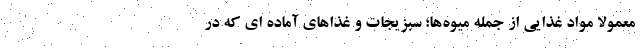
معمولا مواد غذایی از جمله میوه‌ها؛ سبزیجات و غذاهای آماده ای که در